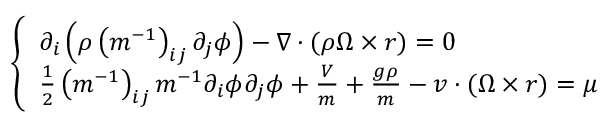
\left\{ \begin{array} { l } { \partial _ { i } \left( \rho \left( m ^ { - 1 } \right) _ { i j } \partial _ { j } \phi \right) - \nabla \cdot ( \rho \Omega \times r ) = 0 } \\ { \frac { 1 } { 2 } \left( m ^ { - 1 } \right) _ { i j } m ^ { - 1 } \partial _ { i } \phi \partial _ { j } \phi + \frac { V } { m } + \frac { g \rho } { m } - v \cdot ( \Omega \times r ) = \mu } \end{array} \right.